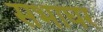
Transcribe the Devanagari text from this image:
सभाघर